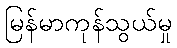
မြန်မာကုန်သွယ်မှု